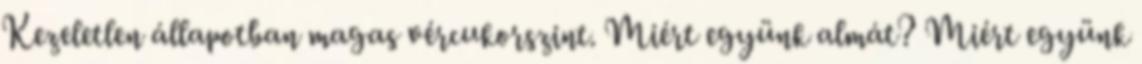
Kezeletlen állapotban magas vércukorszint. Miért együnk almát? Miért együnk